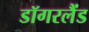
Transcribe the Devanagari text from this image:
डॉगरलैंड